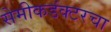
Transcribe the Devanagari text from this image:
सेमीकडंक्टरचा